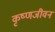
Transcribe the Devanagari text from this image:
कृष्णजीवन